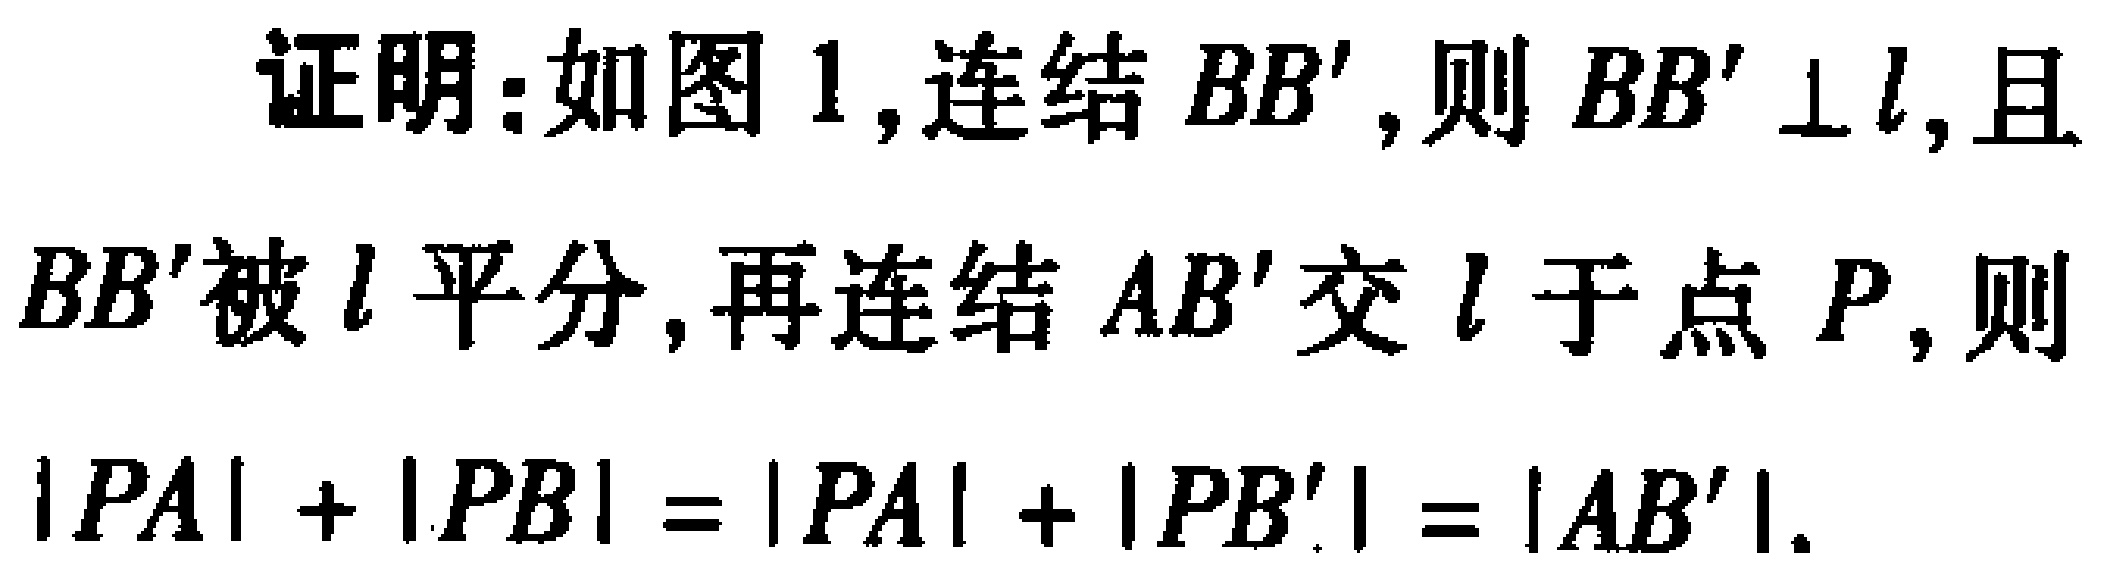
证明：如图 1, 连结 \(BB'\), 则 \(BB'\perp l\), 且 \(BB'\)被 \(l\) 平分, 再连结 \(AB'\)交 \(l\) 于点 \(P\), 则 \(|PA| + |PB| = |PA| + |PB'| = |AB'|\).